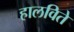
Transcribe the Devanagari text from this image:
हालविते